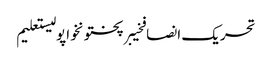
تحریک انصافخیبرپختونخواپولیستعلیم